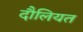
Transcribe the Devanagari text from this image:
दौलियत